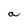
Character: a